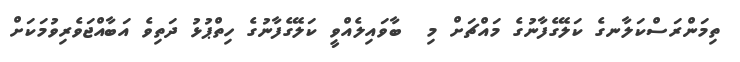
ތިމަންރަސްކަލާނގެ ކަލޭގެފާނުގެ މައްޗަށް މި  ބާވައިލެއްވީ ކަލޭގެފާނުގެ ހިތްޕުޅު ދަތިވެ އަބާއްޖަވެރިވުމަކަށް